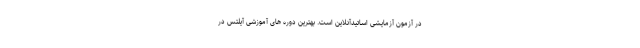
در آزمون آزمایشی اساتیدآنلاین است. بهترین دوره های آموزشی آیلتس در